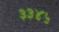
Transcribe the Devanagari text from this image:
३३४५